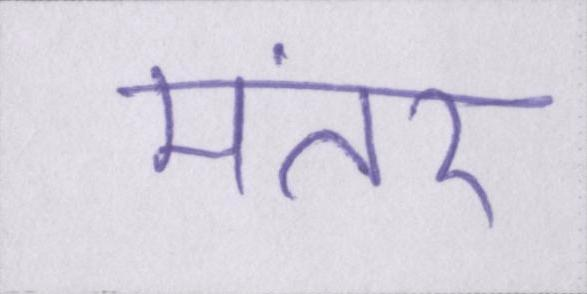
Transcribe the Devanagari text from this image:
मंतर